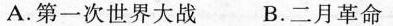
A.第一次世界大战 B.二月革命